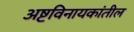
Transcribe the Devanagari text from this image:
अष्टविनायकांतील